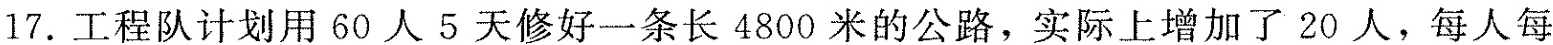
17.工程队计划用60人5天修好一条长4800米的公路，实际上增加了20人，每人每